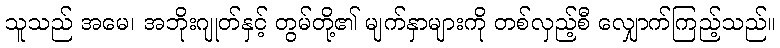
သူသည် အမေ၊ အဘိုးဂျုတ်နှင့် တွမ်တို့၏ မျက်နှာများကို တစ်လှည့်စီ လျှောက်ကြည့်သည်။